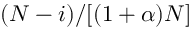
( N - i ) / [ ( 1 + \alpha ) N ]